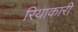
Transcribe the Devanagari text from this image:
रियाकारी